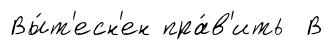
Вы́т'есн'ен пра́в'ить В